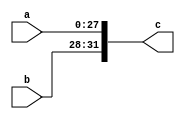
module concat(
    input wire [27:0] a,
    input wire [3:0] b,
    output wire [31:0] c
);

assign c = {b, a};

endmodule